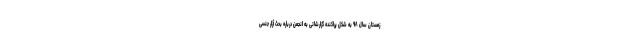
زمستان سال ۹۸ به شکل پراکنده گزارشاتی به انجمن درباره بحث آزار جنسی